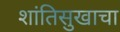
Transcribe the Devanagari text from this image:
शांतिसुखाचा